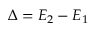
\Delta = E _ { 2 } - E _ { 1 }